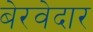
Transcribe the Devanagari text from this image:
बेरवेदार